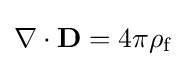
\nabla \cdot \mathbf {D} =4\pi \rho _{\text{f}}